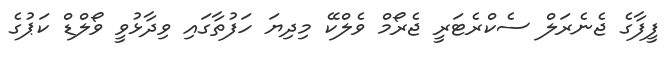
ފީފާގެ ޖެނެރަލް ސެކްރެޓަރީ ޖެރޯމް ވެލްކޭ މިދިޔަ ހަފުތާގައި ވިދާޅުވީ ވޯލްޑް ކަޕުގެ